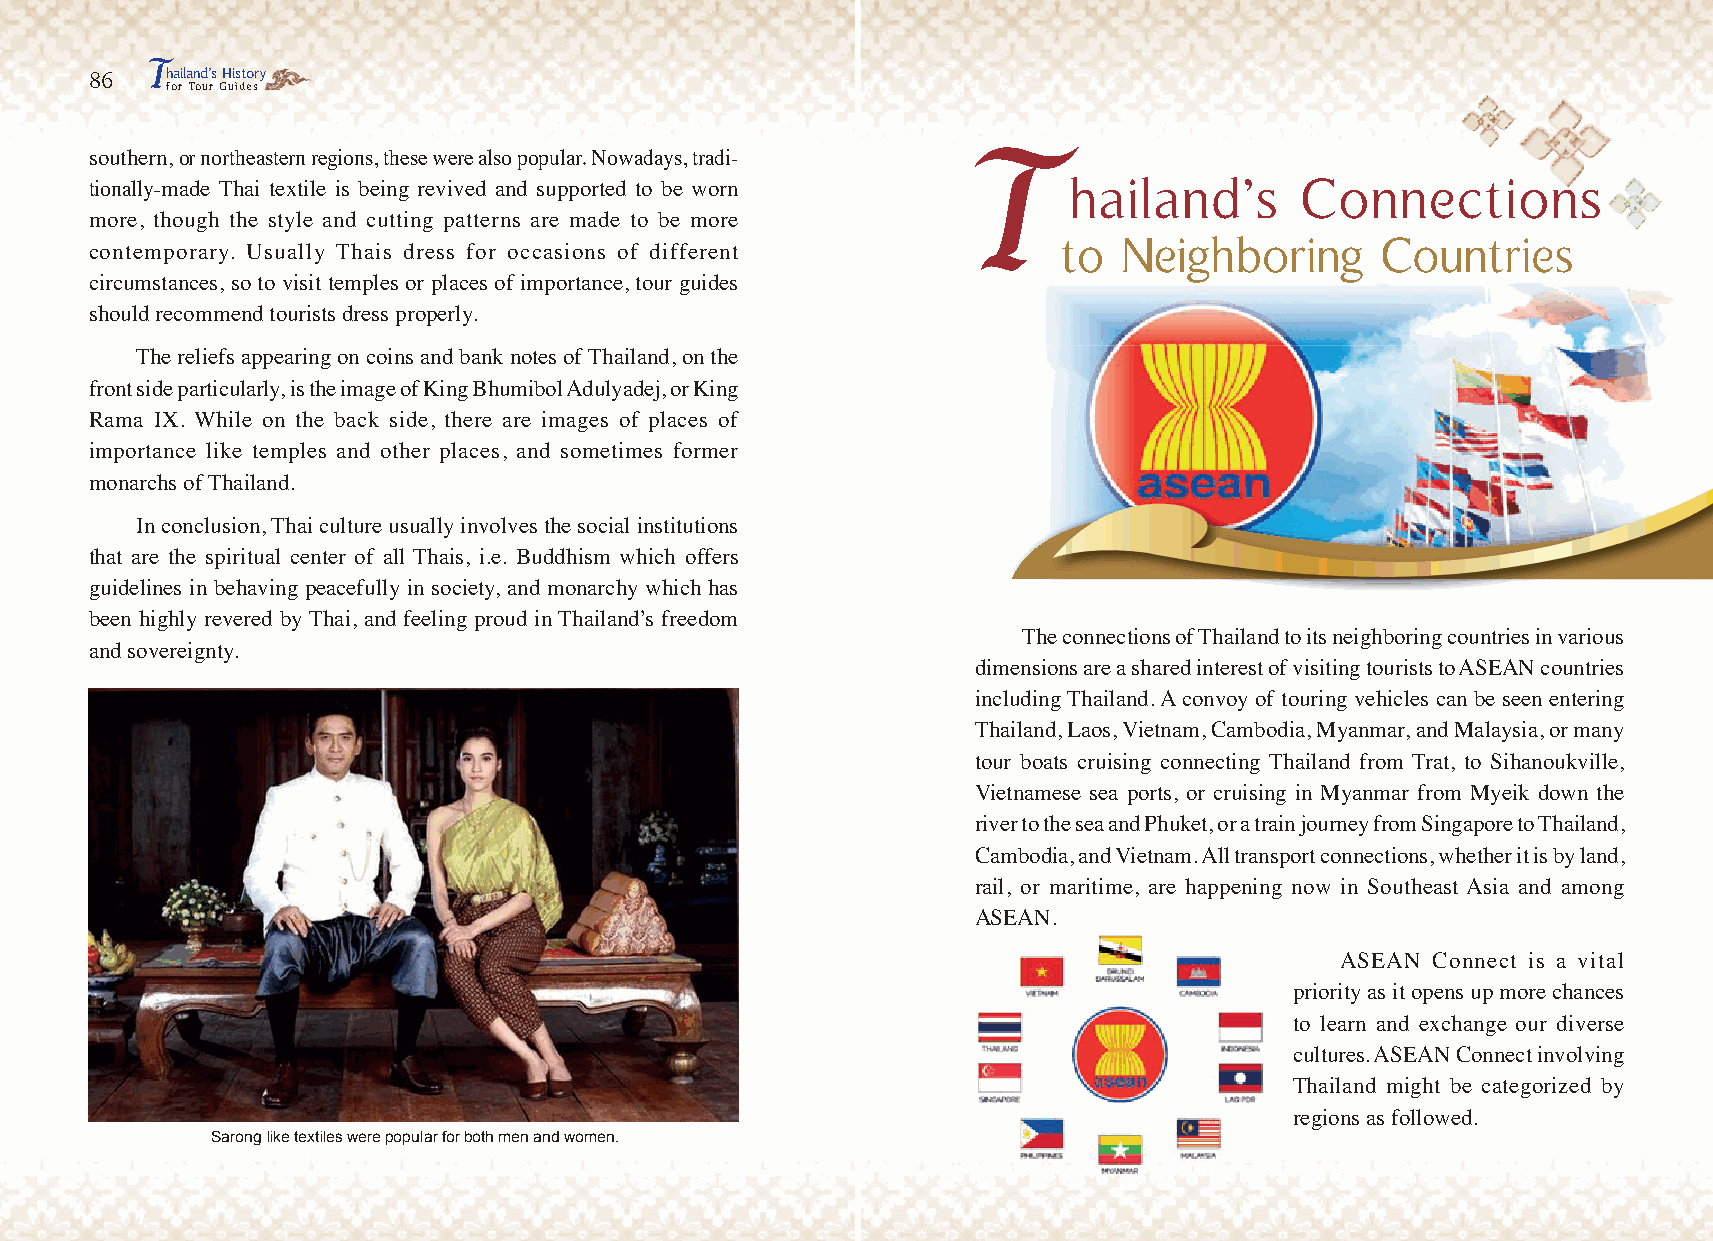
T
 86   hailand’s History
 for Tour Guides
 TTTT
 southern, or northeastern regions, these were also popular. Nowadays, tradi-
 hailand’s      Connections
 tionally-made Thai textile is being revived and supported to be worn
 more, though the style and cutting patterns are made to be more
 tttooo NNNeeeiiiggghhhbbbooorrriiinnnggg CCCooouuunnntttrrriiieeesss
 contemporary. Usually Thais dress for occasions of different
 circumstances, so to visit temples or places of importance, tour guides
 should recommend tourists dress properly.
 The reliefs appearing on coins and bank notes of Thailand, on the
 front side particularly, is the image of King Bhumibol Adulyadej, or King
 Rama IX. While on the back side, there are images of places of
 importance like temples and other places, and sometimes former
 monarchs of Thailand.
 In conclusion, Thai culture usually involves the social institutions
 that are the spiritual center of all Thais, i.e. Buddhism which offers
 guidelines in behaving peacefully in society, and monarchy which has
 been highly revered by Thai, and feeling proud in Thailand’s freedom
 The connections of Thailand to its neighboring countries in various
 and sovereignty.
 dimensions are a shared interest of visiting tourists to ASEAN countries
 including Thailand. A convoy of touring vehicles can be seen entering
 Thailand, Laos, Vietnam, Cambodia, Myanmar, and Malaysia, or many
 tour boats cruising connecting Thailand from Trat, to Sihanoukville,
 Vietnamese sea ports, or cruising in Myanmar from Myeik down the
 river to the sea and Phuket, or a train journey from Singapore to Thailand,
 Cambodia, and Vietnam. All transport connections, whether it is by land,
 rail, or maritime, are happening now in Southeast Asia and among
 ASEAN.
 ASEAN Connect is a vital
 priority as it opens up more chances
 to learn and exchange our diverse
 cultures. ASEAN Connect involving
 Thailand might be categorized by
 regions as followed.
 Sarong like textiles were popular for both men and women.